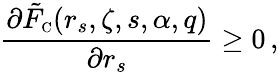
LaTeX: \frac{\partial\tilde{F}_{\scriptscriptstyle\mathrm{C}}(r_{s},\zeta,s,\alpha,q)}{\partial r_{s}}\geq 0\, ,